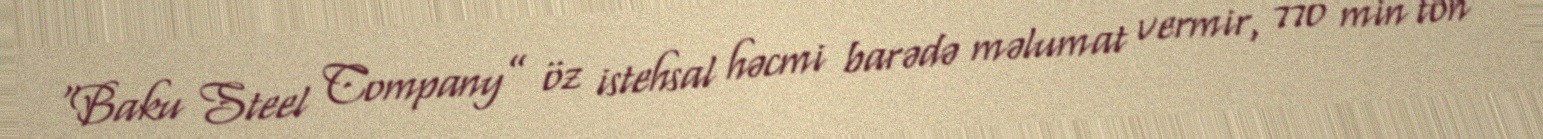
“Baku Steel Company” öz istehsal həcmi barədə məlumat vermir, 770 min ton